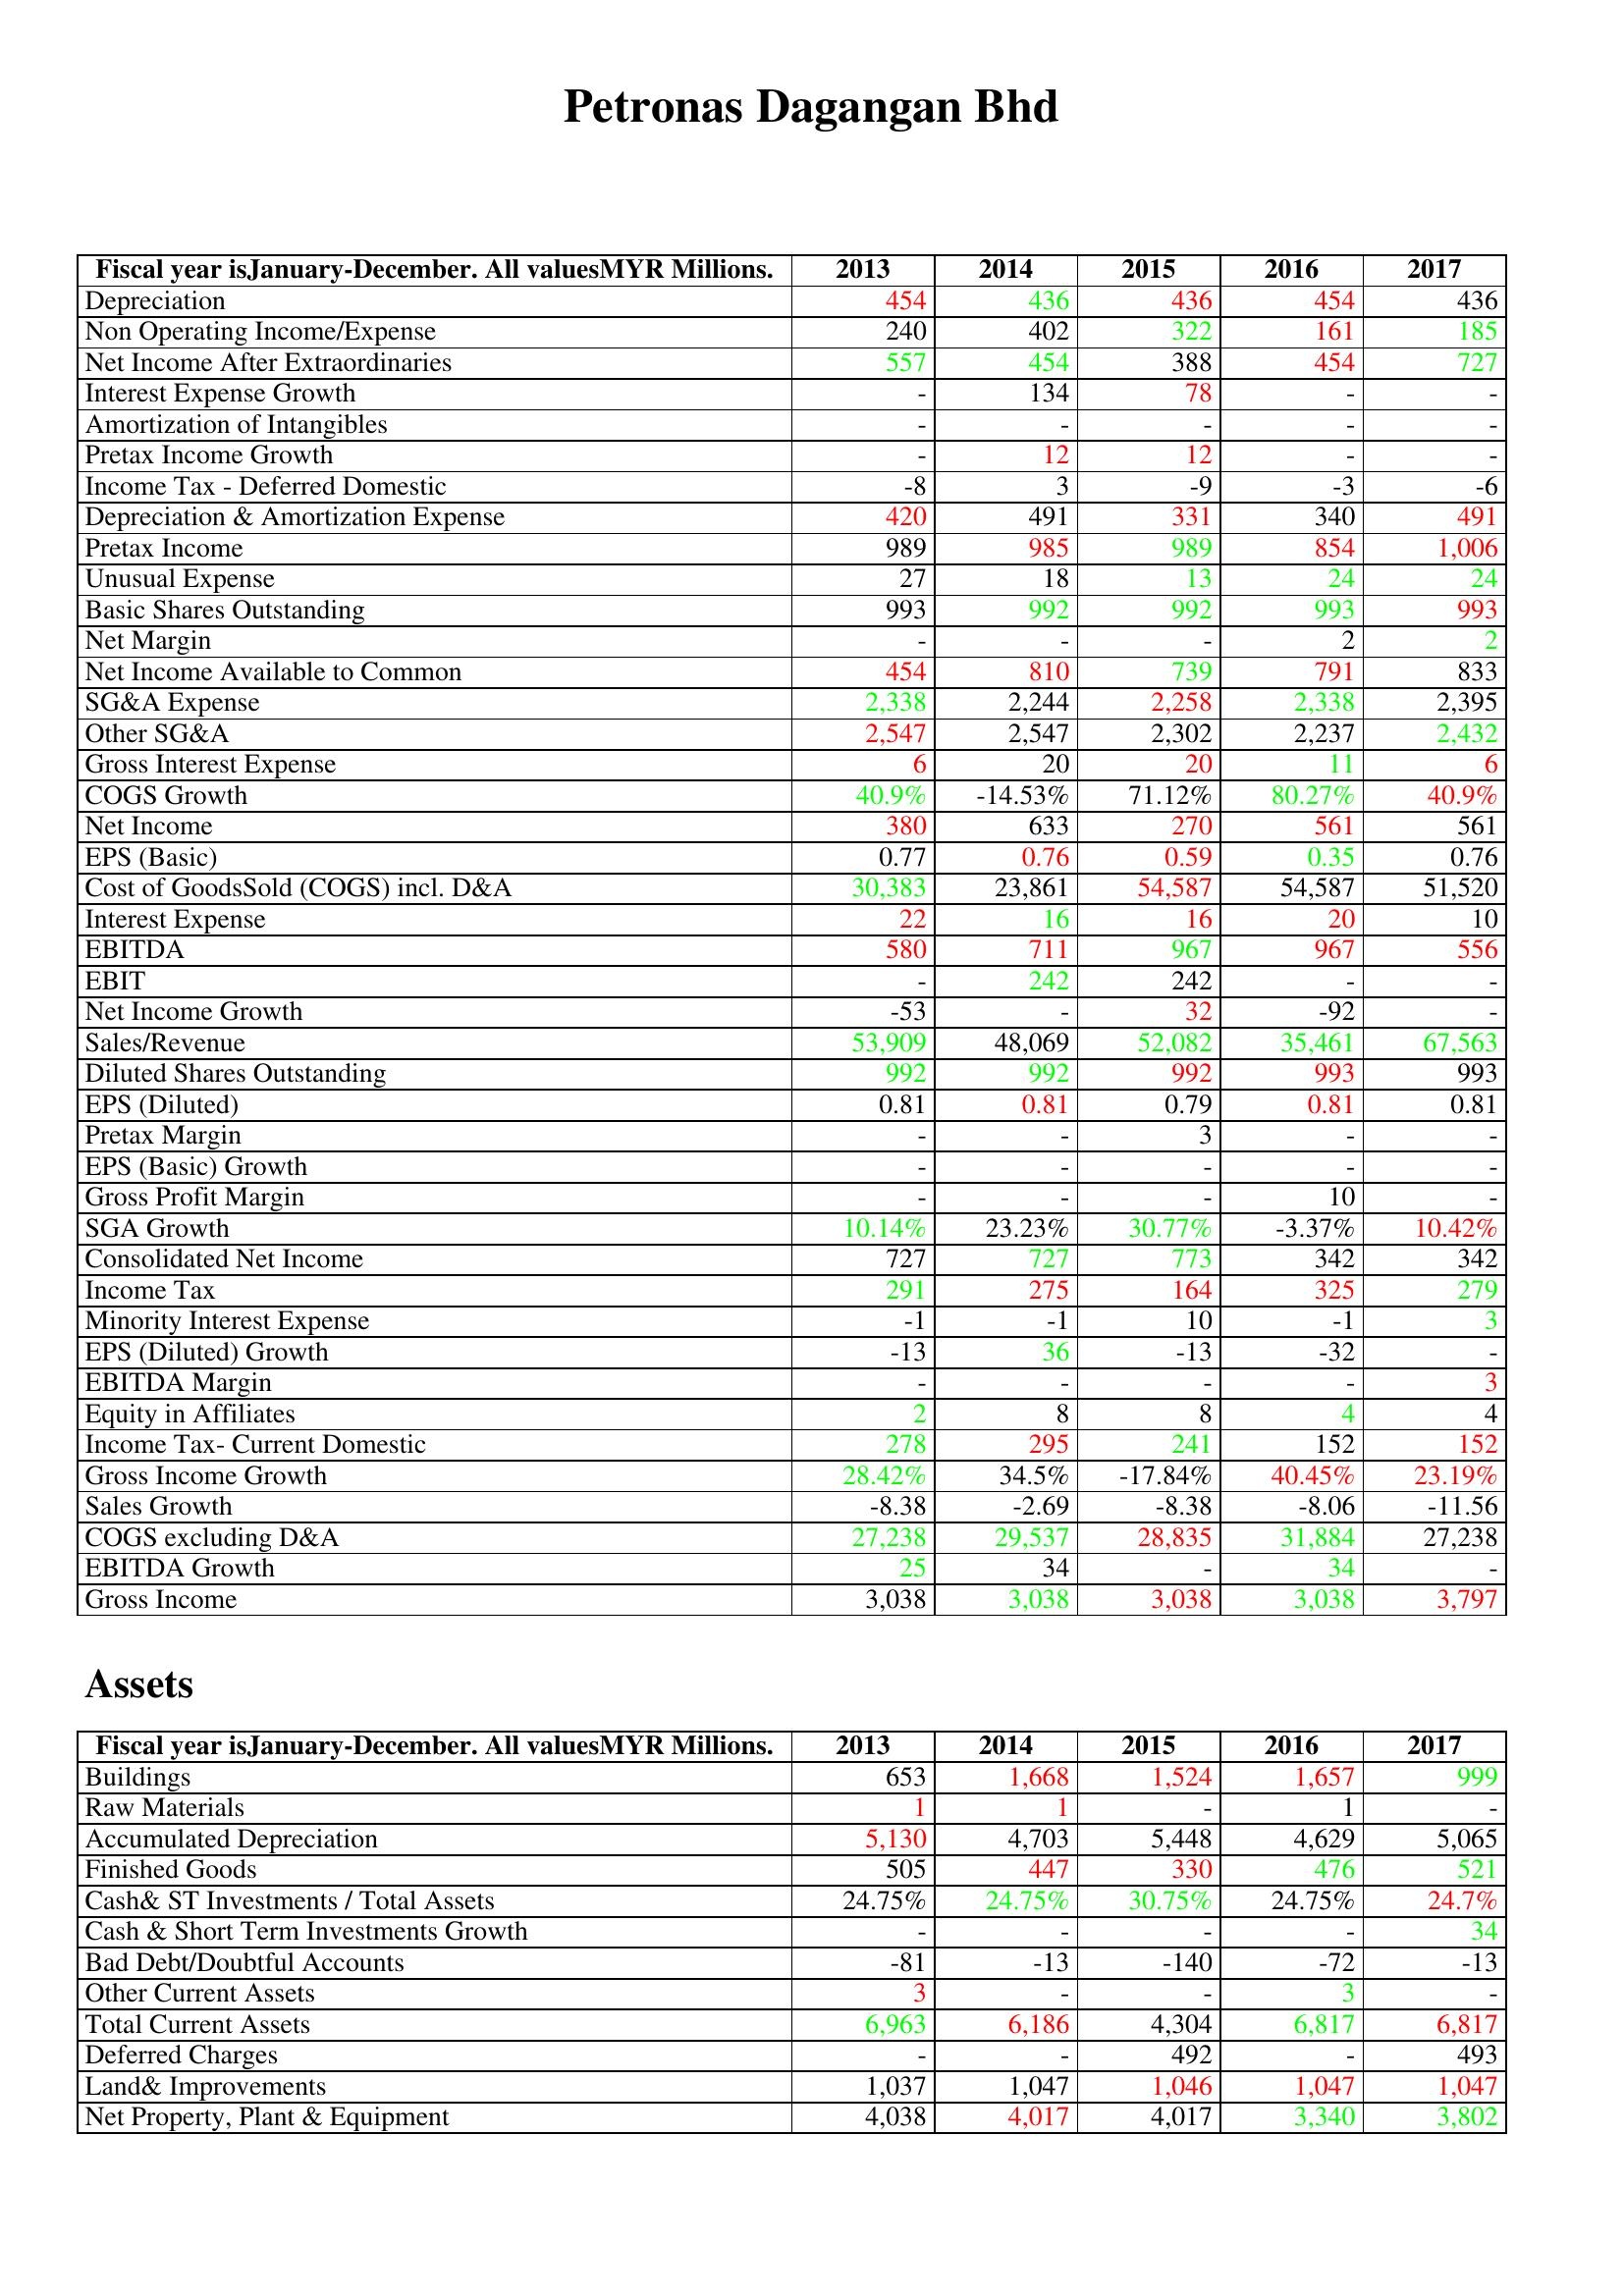
gt_parse: 2013: : Depreciation: 454
Non Operating Income/Expense: 240
Net Income After Extraordinaries: 557
Interest Expense Growth: -
Amortization of Intangibles: -
Pretax Income Growth: -
Income Tax - Deferred Domestic: -8
Depreciation & Amortization Expense: 420
Pretax Income: 989
Unusual Expense: 27
Basic Shares Outstanding: 993
Net Margin: -
Net Income Available to Common: 454
SG&A Expense: 2,338
Other SG&A: 2,547
Gross Interest Expense: 6
COGS Growth: 40.9%
Net Income: 380
EPS (Basic): 0.77
Cost of GoodsSold (COGS) incl. D&A: 30,383
Interest Expense: 22
EBITDA: 580
EBIT: -
Net Income Growth: -53
Sales/Revenue: 53,909
Diluted Shares Outstanding: 992
EPS (Diluted): 0.81
Pretax Margin: -
EPS (Basic) Growth: -
Gross Profit Margin: -
SGA Growth: 10.14%
Consolidated Net Income: 727
Income Tax: 291
Minority Interest Expense: -1
EPS (Diluted) Growth: -13
EBITDA Margin: -
Equity in Affiliates: 2
Income Tax- Current Domestic: 278
Gross Income Growth: 28.42%
Sales Growth: -8.38
COGS excluding D&A: 27,238
EBITDA Growth: 25
Gross Income: 3,038
Assets: Buildings: 653
Raw Materials: 1
Accumulated Depreciation: 5,130
Finished Goods: 505
Cash& ST Investments / Total Assets: 24.75%
Cash & Short Term Investments Growth: -
Bad Debt/Doubtful Accounts: -81
Other Current Assets: 3
Total Current Assets: 6,963
Deferred Charges: -
Land& Improvements: 1,037
Net Property, Plant & Equipment: 4,038
2014: : Depreciation: 436
Non Operating Income/Expense: 402
Net Income After Extraordinaries: 454
Interest Expense Growth: 134
Amortization of Intangibles: -
Pretax Income Growth: 12
Income Tax - Deferred Domestic: 3
Depreciation & Amortization Expense: 491
Pretax Income: 985
Unusual Expense: 18
Basic Shares Outstanding: 992
Net Margin: -
Net Income Available to Common: 810
SG&A Expense: 2,244
Other SG&A: 2,547
Gross Interest Expense: 20
COGS Growth: -14.53%
Net Income: 633
EPS (Basic): 0.76
Cost of GoodsSold (COGS) incl. D&A: 23,861
Interest Expense: 16
EBITDA: 711
EBIT: 242
Net Income Growth: -
Sales/Revenue: 48,069
Diluted Shares Outstanding: 992
EPS (Diluted): 0.81
Pretax Margin: -
EPS (Basic) Growth: -
Gross Profit Margin: -
SGA Growth: 23.23%
Consolidated Net Income: 727
Income Tax: 275
Minority Interest Expense: -1
EPS (Diluted) Growth: 36
EBITDA Margin: -
Equity in Affiliates: 8
Income Tax- Current Domestic: 295
Gross Income Growth: 34.5%
Sales Growth: -2.69
COGS excluding D&A: 29,537
EBITDA Growth: 34
Gross Income: 3,038
Assets: Buildings: 1,668
Raw Materials: 1
Accumulated Depreciation: 4,703
Finished Goods: 447
Cash& ST Investments / Total Assets: 24.75%
Cash & Short Term Investments Growth: -
Bad Debt/Doubtful Accounts: -13
Other Current Assets: -
Total Current Assets: 6,186
Deferred Charges: -
Land& Improvements: 1,047
Net Property, Plant & Equipment: 4,017
2015: : Depreciation: 436
Non Operating Income/Expense: 322
Net Income After Extraordinaries: 388
Interest Expense Growth: 78
Amortization of Intangibles: -
Pretax Income Growth: 12
Income Tax - Deferred Domestic: -9
Depreciation & Amortization Expense: 331
Pretax Income: 989
Unusual Expense: 13
Basic Shares Outstanding: 992
Net Margin: -
Net Income Available to Common: 739
SG&A Expense: 2,258
Other SG&A: 2,302
Gross Interest Expense: 20
COGS Growth: 71.12%
Net Income: 270
EPS (Basic): 0.59
Cost of GoodsSold (COGS) incl. D&A: 54,587
Interest Expense: 16
EBITDA: 967
EBIT: 242
Net Income Growth: 32
Sales/Revenue: 52,082
Diluted Shares Outstanding: 992
EPS (Diluted): 0.79
Pretax Margin: 3
EPS (Basic) Growth: -
Gross Profit Margin: -
SGA Growth: 30.77%
Consolidated Net Income: 773
Income Tax: 164
Minority Interest Expense: 10
EPS (Diluted) Growth: -13
EBITDA Margin: -
Equity in Affiliates: 8
Income Tax- Current Domestic: 241
Gross Income Growth: -17.84%
Sales Growth: -8.38
COGS excluding D&A: 28,835
EBITDA Growth: -
Gross Income: 3,038
Assets: Buildings: 1,524
Raw Materials: -
Accumulated Depreciation: 5,448
Finished Goods: 330
Cash& ST Investments / Total Assets: 30.75%
Cash & Short Term Investments Growth: -
Bad Debt/Doubtful Accounts: -140
Other Current Assets: -
Total Current Assets: 4,304
Deferred Charges: 492
Land& Improvements: 1,046
Net Property, Plant & Equipment: 4,017
2016: : Depreciation: 454
Non Operating Income/Expense: 161
Net Income After Extraordinaries: 454
Interest Expense Growth: -
Amortization of Intangibles: -
Pretax Income Growth: -
Income Tax - Deferred Domestic: -3
Depreciation & Amortization Expense: 340
Pretax Income: 854
Unusual Expense: 24
Basic Shares Outstanding: 993
Net Margin: 2
Net Income Available to Common: 791
SG&A Expense: 2,338
Other SG&A: 2,237
Gross Interest Expense: 11
COGS Growth: 80.27%
Net Income: 561
EPS (Basic): 0.35
Cost of GoodsSold (COGS) incl. D&A: 54,587
Interest Expense: 20
EBITDA: 967
EBIT: -
Net Income Growth: -92
Sales/Revenue: 35,461
Diluted Shares Outstanding: 993
EPS (Diluted): 0.81
Pretax Margin: -
EPS (Basic) Growth: -
Gross Profit Margin: 10
SGA Growth: -3.37%
Consolidated Net Income: 342
Income Tax: 325
Minority Interest Expense: -1
EPS (Diluted) Growth: -32
EBITDA Margin: -
Equity in Affiliates: 4
Income Tax- Current Domestic: 152
Gross Income Growth: 40.45%
Sales Growth: -8.06
COGS excluding D&A: 31,884
EBITDA Growth: 34
Gross Income: 3,038
Assets: Buildings: 1,657
Raw Materials: 1
Accumulated Depreciation: 4,629
Finished Goods: 476
Cash& ST Investments / Total Assets: 24.75%
Cash & Short Term Investments Growth: -
Bad Debt/Doubtful Accounts: -72
Other Current Assets: 3
Total Current Assets: 6,817
Deferred Charges: -
Land& Improvements: 1,047
Net Property, Plant & Equipment: 3,340
2017: : Depreciation: 436
Non Operating Income/Expense: 185
Net Income After Extraordinaries: 727
Interest Expense Growth: -
Amortization of Intangibles: -
Pretax Income Growth: -
Income Tax - Deferred Domestic: -6
Depreciation & Amortization Expense: 491
Pretax Income: 1,006
Unusual Expense: 24
Basic Shares Outstanding: 993
Net Margin: 2
Net Income Available to Common: 833
SG&A Expense: 2,395
Other SG&A: 2,432
Gross Interest Expense: 6
COGS Growth: 40.9%
Net Income: 561
EPS (Basic): 0.76
Cost of GoodsSold (COGS) incl. D&A: 51,520
Interest Expense: 10
EBITDA: 556
EBIT: -
Net Income Growth: -
Sales/Revenue: 67,563
Diluted Shares Outstanding: 993
EPS (Diluted): 0.81
Pretax Margin: -
EPS (Basic) Growth: -
Gross Profit Margin: -
SGA Growth: 10.42%
Consolidated Net Income: 342
Income Tax: 279
Minority Interest Expense: 3
EPS (Diluted) Growth: -
EBITDA Margin: 3
Equity in Affiliates: 4
Income Tax- Current Domestic: 152
Gross Income Growth: 23.19%
Sales Growth: -11.56
COGS excluding D&A: 27,238
EBITDA Growth: -
Gross Income: 3,797
Assets: Buildings: 999
Raw Materials: -
Accumulated Depreciation: 5,065
Finished Goods: 521
Cash& ST Investments / Total Assets: 24.7%
Cash & Short Term Investments Growth: 34
Bad Debt/Doubtful Accounts: -13
Other Current Assets: -
Total Current Assets: 6,817
Deferred Charges: 493
Land& Improvements: 1,047
Net Property, Plant & Equipment: 3,802